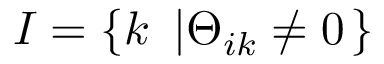
I = \left\{ k \ \left| \Theta _ { i k } \neq 0 \right. \right\}